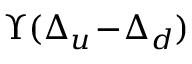
\Upsilon ( \Delta _ { u } \! - \! \Delta _ { d } )